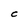
Character: C